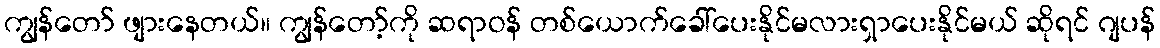
ကျွန်တော် ဖျားနေတယ်။ ကျွန်တော့်ကို ဆရာဝန် တစ်ယောက်ခေါ်ပေးနိုင်မလားရှာပေးနိုင်မယ် ဆိုရင် ဂျပန်